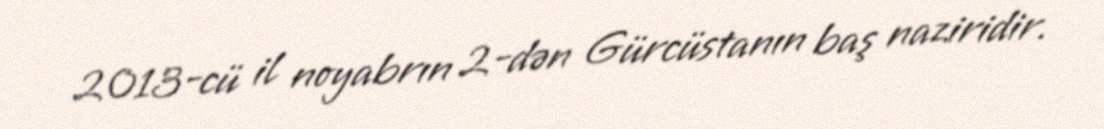
2013-cü il noyabrın 2-dən Gürcüstanın baş naziridir.